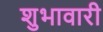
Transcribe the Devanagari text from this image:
शुभावारी